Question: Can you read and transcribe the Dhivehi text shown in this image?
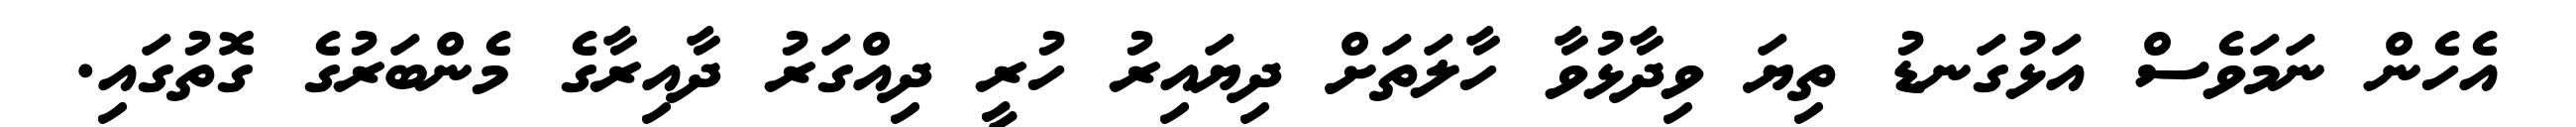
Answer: އެހެން ނަމަވެސް އަޅުގަނޑު ތިޔަ ވިދާޅުވާ ހާލަތަށް ދިޔައިރު ހުރީ ދިއްގަރު ދާއިރާގެ މެންބަރުގެ ގޮތުގައި.